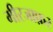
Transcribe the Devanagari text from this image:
मीरजाफ़र